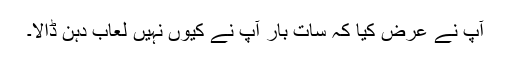
آپ نے عرض کیا کہ سات بار آپ نے کیوں نہیں لعاب دہن ڈالا۔